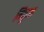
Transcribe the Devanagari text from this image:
मिठुआ